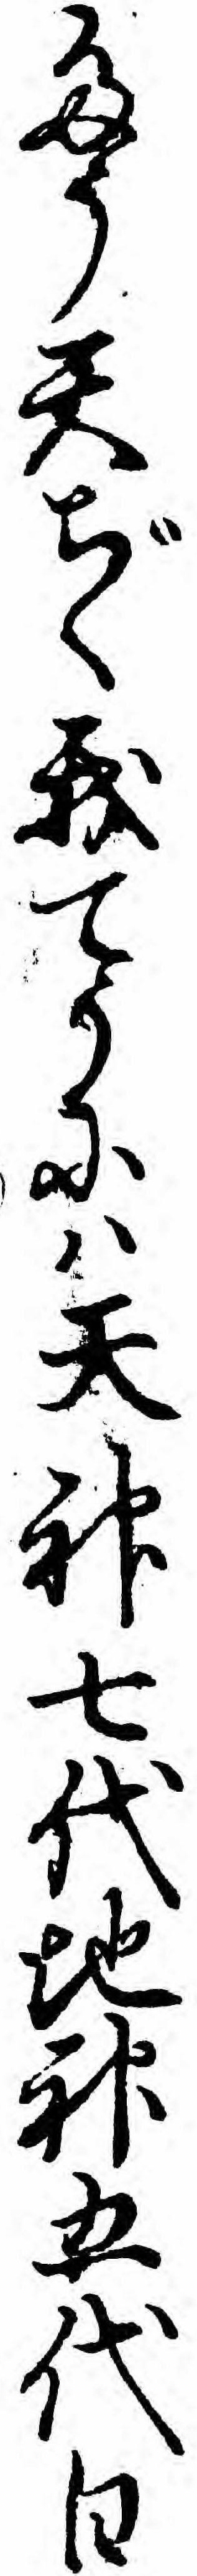
たう天ぢく我てうにハ天神七代地神五代日